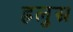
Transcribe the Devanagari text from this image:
हलुस्र